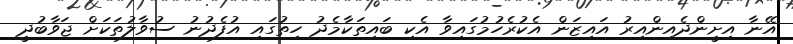
އޭނާ އިށީންދެއިންއިރު އައިޒަން އެކުރެހުމުގައިވާ އެކި ބައިތަކާމެދު ހިތުގައި އުފެދުނު ސުވާލުތަކަށް ޖަވާބުދީ